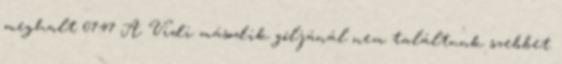
meghalt 07:47 A Vidi második góljánál nem találtunk szebbet